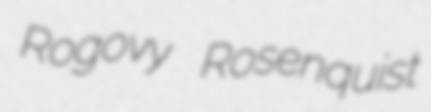
Rogovy Rosenquist